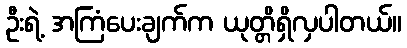
ဦးရဲ့ အကြံပေးချက်က ယုတ္တိရှိလှပါတယ်။